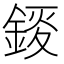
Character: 錽